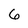
Character: 6